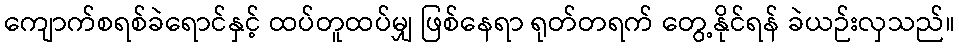
ကျောက်စရစ်ခဲရောင်နှင့် ထပ်တူထပ်မျှ ဖြစ်နေရာ ရုတ်တရက် တွေ့နိုင်ရန် ခဲယဉ်းလှသည်။